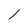
Character: 1